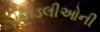
છાડલીઓની